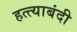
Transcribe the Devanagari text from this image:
हत्त्याबंदी